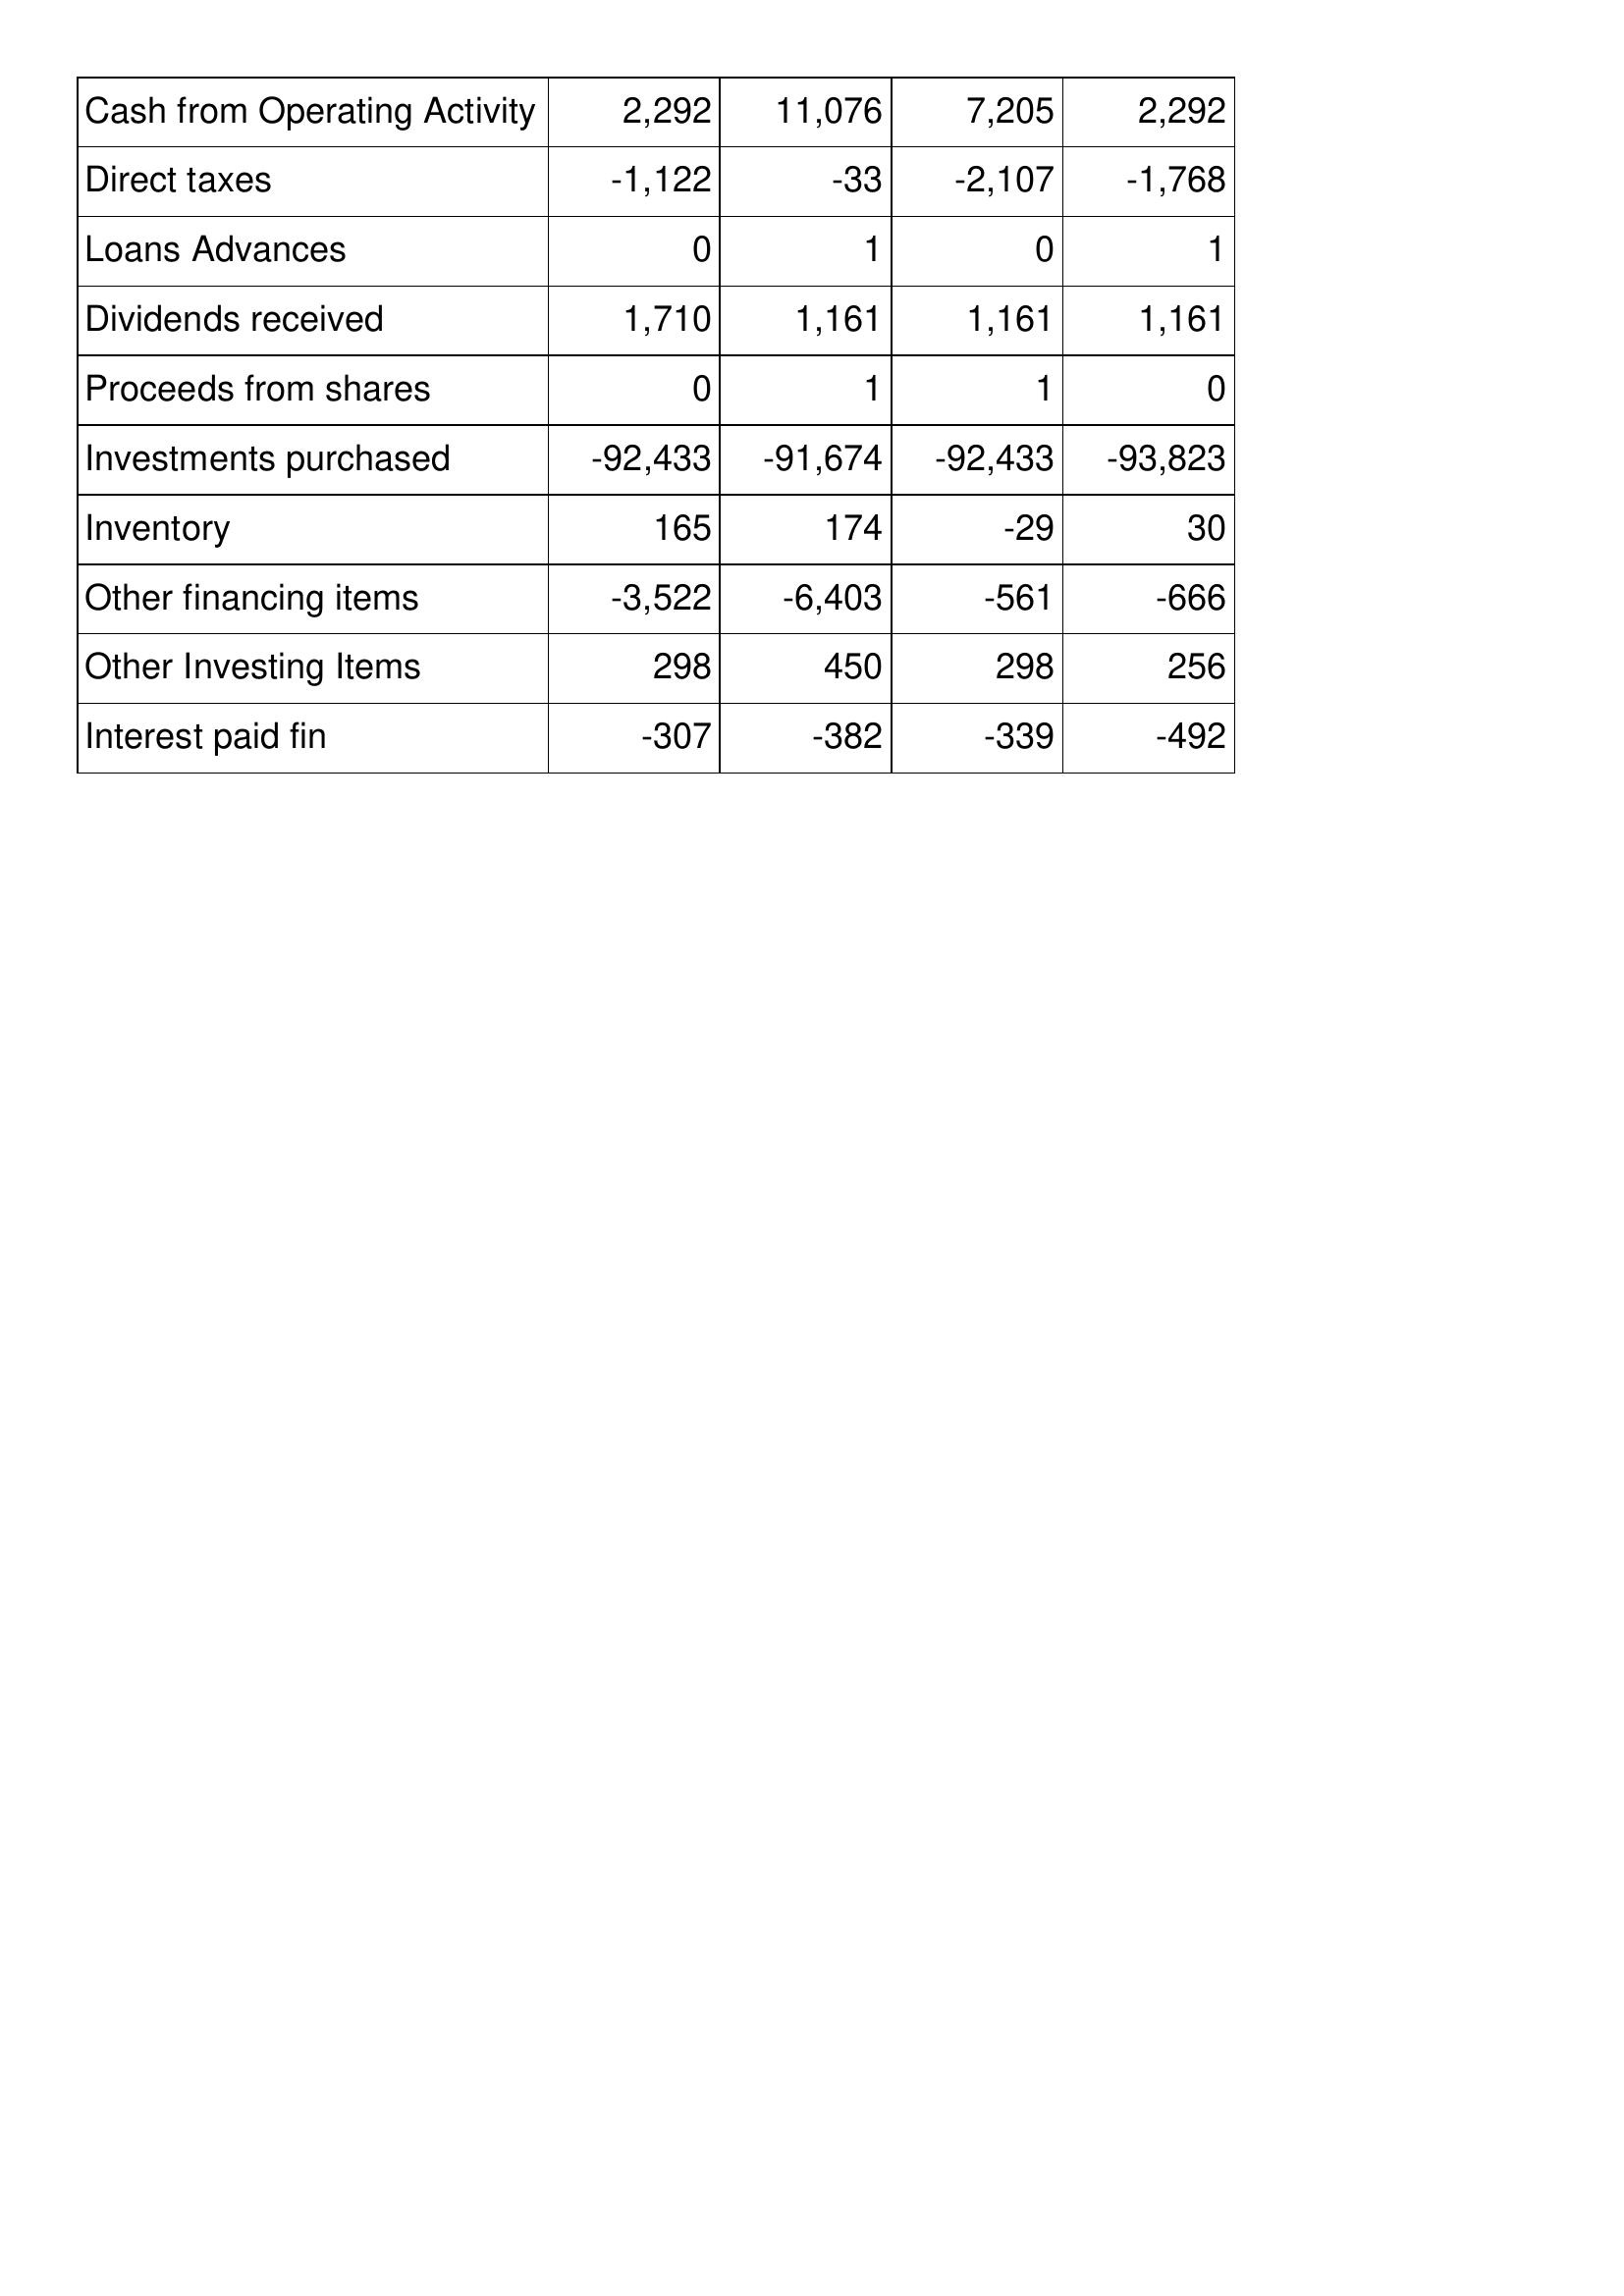
May-15: Cash Flows: Cash from Operating Activity: 2,292
Direct taxes: -1,122
Loans Advances: 0
Dividends received: 1,710
Proceeds from shares: 0
Investments purchased: -92,433
Inventory: 165
Other financing items: -3,522
Other Investing Items: 298
Interest paid fin: -307
May-16: Cash Flows: Cash from Operating Activity: 11,076
Direct taxes: -33
Loans Advances: 1
Dividends received: 1,161
Proceeds from shares: 1
Investments purchased: -91,674
Inventory: 174
Other financing items: -6,403
Other Investing Items: 450
Interest paid fin: -382
May-17: Cash Flows: Cash from Operating Activity: 7,205
Direct taxes: -2,107
Loans Advances: 0
Dividends received: 1,161
Proceeds from shares: 1
Investments purchased: -92,433
Inventory: -29
Other financing items: -561
Other Investing Items: 298
Interest paid fin: -339
May-18: Cash Flows: Cash from Operating Activity: 2,292
Direct taxes: -1,768
Loans Advances: 1
Dividends received: 1,161
Proceeds from shares: 0
Investments purchased: -93,823
Inventory: 30
Other financing items: -666
Other Investing Items: 256
Interest paid fin: -492